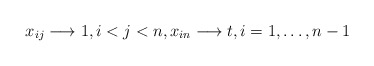
\begin{gather*} x_{ij} \longrightarrow 1, i < j <n, x_{in} \longrightarrow t, i=1,\ldots,n-1 \end{gather*}